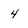
Character: 4